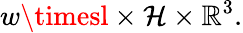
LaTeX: w\timesl\times\mathcal{H}\times\mathbb{{R}}^{3}.